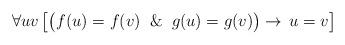
LaTeX: \begin{align*}\forall uv \,\bigl[\bigl( f(u) = f(v) \And g(u) = g(v)\bigr) \to\,{u = v} \bigr]\end{align*}